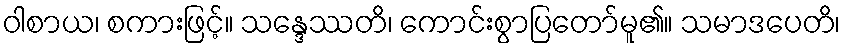
ဝါစာယ၊ စကားဖြင့်။ သန္ဒေဿတိ၊ ကောင်းစွာပြတော်မူ၏။ သမာဒပေတိ၊